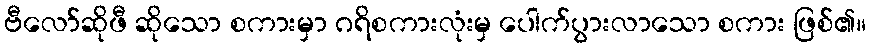
ဗီလော်ဆိုဖီ ဆိုသော စကားမှာ ဂရိစကားလုံးမှ ပေါက်ပွားလာသော စကား ဖြစ်၏။